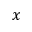
x